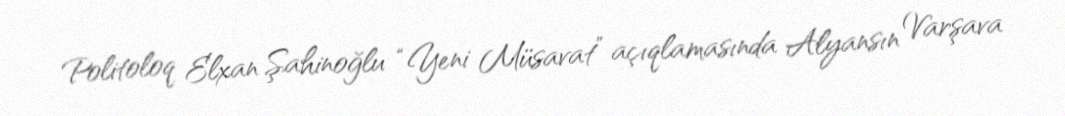
Politoloq Elxan Şahinoğlu “Yeni Müsavat” açıqlamasında Alyansın Varşava